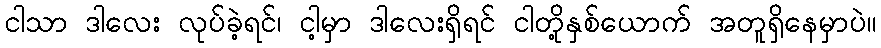
ငါသာ ဒါလေး လုပ်ခဲ့ရင်၊ ငါ့မှာ ဒါလေးရှိရင် ငါတို့နှစ်ယောက် အတူရှိနေမှာပဲ။